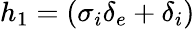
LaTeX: h_{1}=(\sigma_{i}\delta_{e}+\delta_{i})